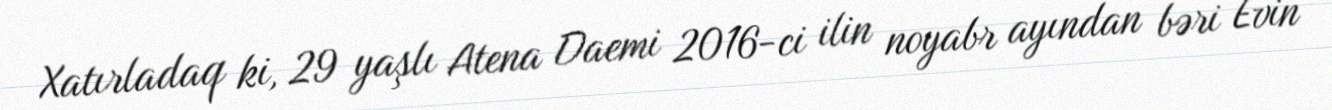
Xatırladaq ki, 29 yaşlı Atena Daemi 2016-ci ilin noyabr ayından bəri Evin